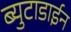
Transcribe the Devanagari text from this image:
ब्युटाडाईन